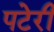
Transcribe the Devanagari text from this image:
पटेरी